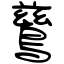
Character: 鶿